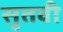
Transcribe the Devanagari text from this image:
सुतवी